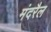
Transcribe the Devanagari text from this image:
मंदरैल